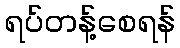
ရပ်တန့်စေရန်